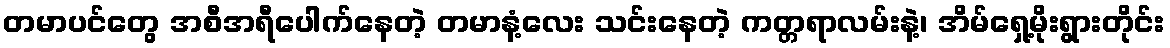
တမာပင်တွေ အစီအရီပေါက်နေတဲ့ တမာနံ့လေး သင်းနေတဲ့ ကတ္တရာလမ်းနဲ့၊ အိမ်ရှေ့မိုးရွားတိုင်း